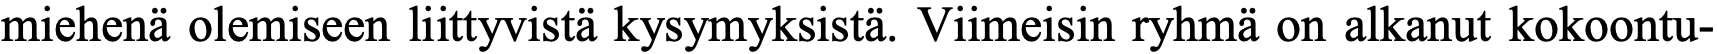
miehenä olemiseen liittyvistä kysymyksistä. Viimeisin ryhmä on alkanut kokoontu-